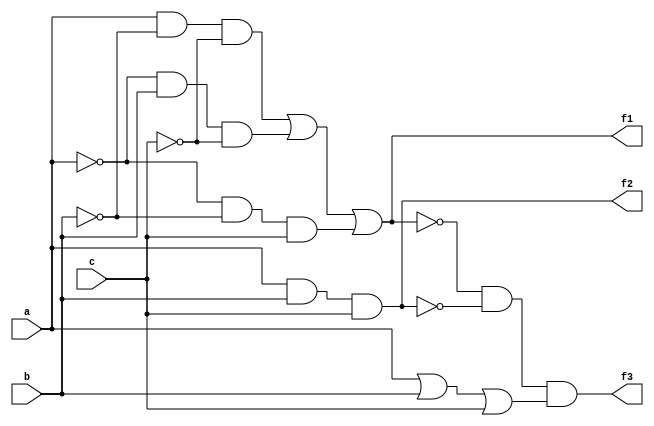
module lab1(a, b, c, f1, f2, f3);
	input a, b, c;
	output f1, f2, f3;
	assign f1 = (a & !b & !c) | (!a & b & !c) | (!a & !b & c);
	assign f2 = a & b & c;
	assign f3 = (!f1 & !f2) & (a | b | c);
endmodule